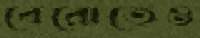
বেরোতেও